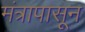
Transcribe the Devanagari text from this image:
मंत्रापासून